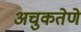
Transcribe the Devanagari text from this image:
अचुकतेणे